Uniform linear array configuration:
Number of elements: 8
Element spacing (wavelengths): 0.5
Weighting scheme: cosine
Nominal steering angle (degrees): -30
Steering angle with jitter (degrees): -31.493
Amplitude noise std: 0.05
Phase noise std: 0.05

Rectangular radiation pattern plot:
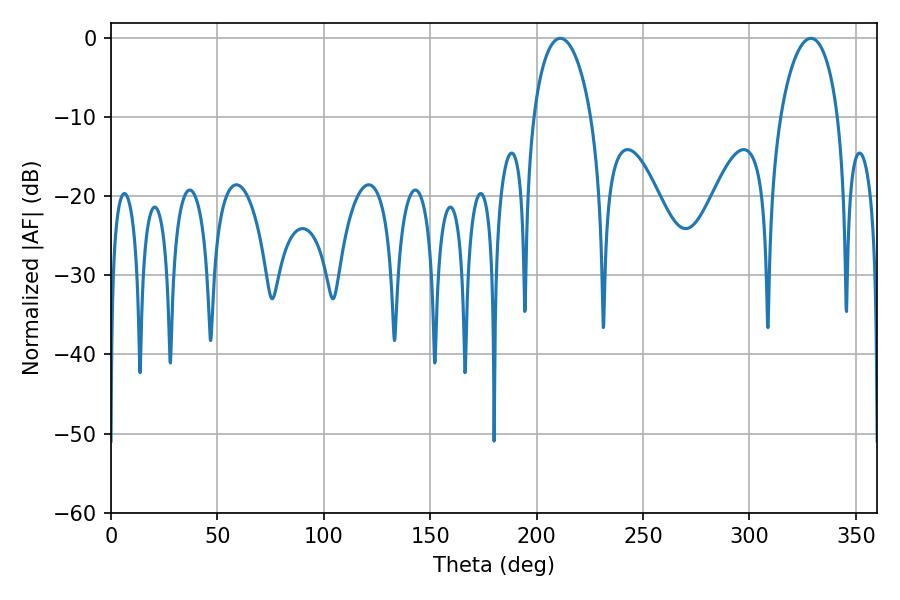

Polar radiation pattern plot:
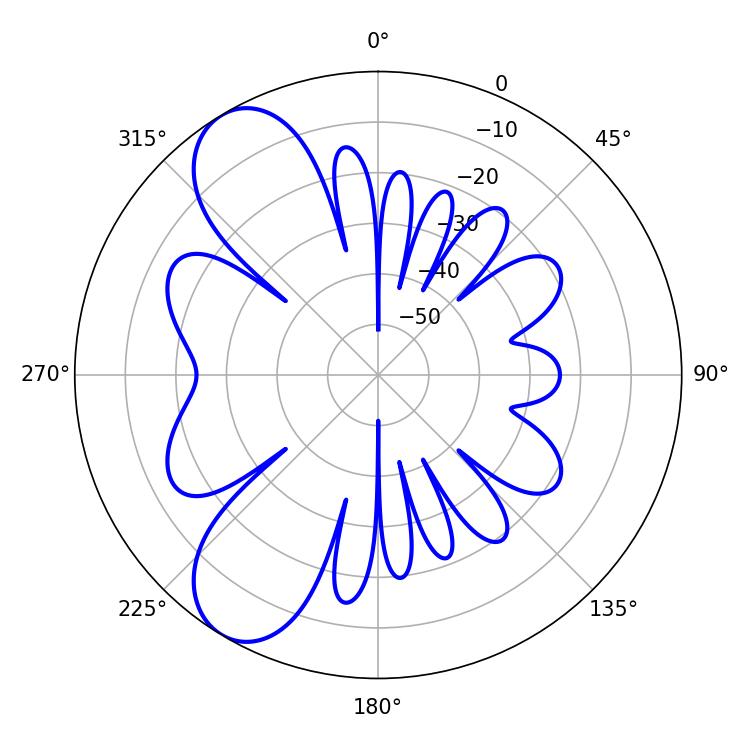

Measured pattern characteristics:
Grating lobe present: FALSE
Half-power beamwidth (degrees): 15.48
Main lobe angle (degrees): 328.86